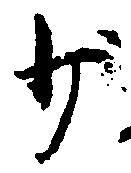
少